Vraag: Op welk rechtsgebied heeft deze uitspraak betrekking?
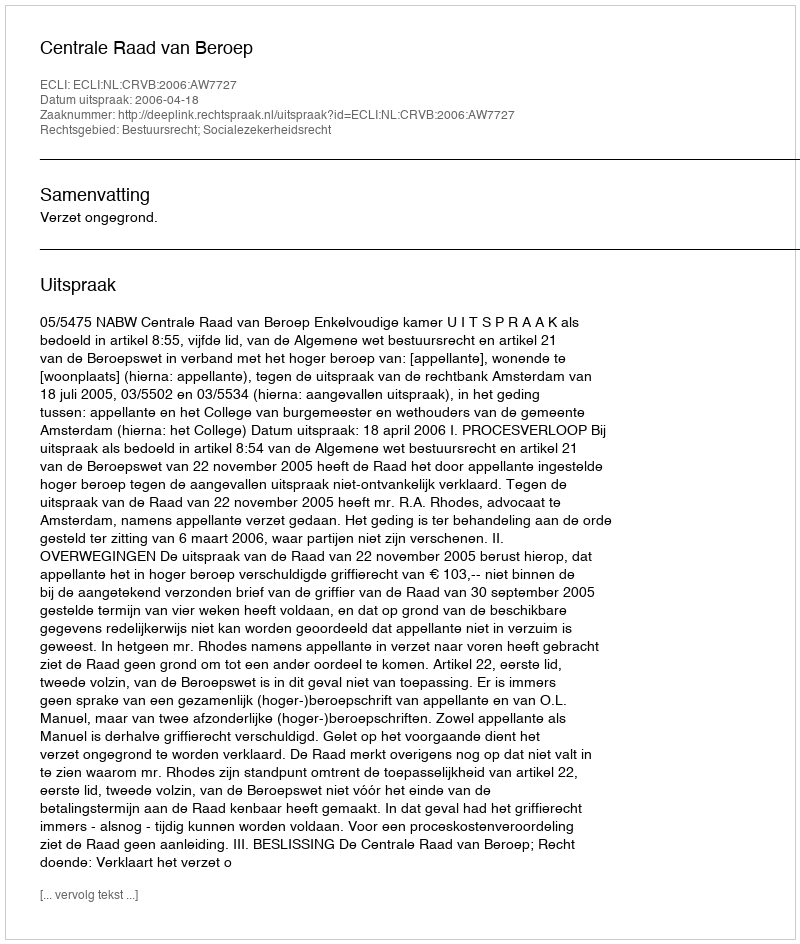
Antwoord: Bestuursrecht; Socialezekerheidsrecht